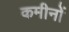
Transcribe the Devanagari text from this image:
कमीनों